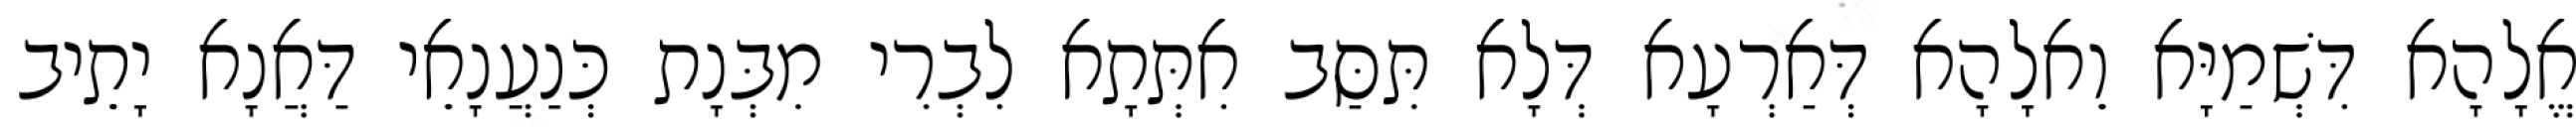
אֱלָהָא דִּשְׁמַיָּא וֵאלָהָא דְּאַרְעָא דְּלָא תִּסַּב אִתְּתָא לִבְרִי מִבְּנָת כְּנַעֲנָאֵי דַּאֲנָא יָתֵיב